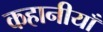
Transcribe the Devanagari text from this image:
कहानीयाँ